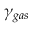
\gamma _ { g a s }